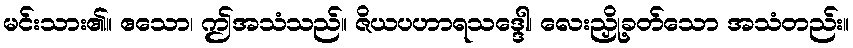
မင်းသား၏။ ဧသော၊ ဤအသံသည်။ ဇိယပဟာရသဒ္ဒေါ၊ လေးညှို့ခတ်သော အသံတည်း။